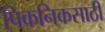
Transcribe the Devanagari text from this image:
पिकनिकसाठी